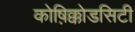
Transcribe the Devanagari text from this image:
कोष़िक्कोडसिटी